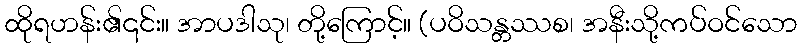
ထိုရဟန်း၏၎င်း။ အာပဒါသု၊ တို့ကြောင့်။ (ပဝိသန္တဿစ၊ အနီးသို့ကပ်ဝင်သော